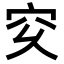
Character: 𥤳